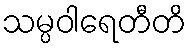
သမ္ပဝါရေတီတိ